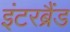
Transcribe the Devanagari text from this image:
इंटरब्रैंड